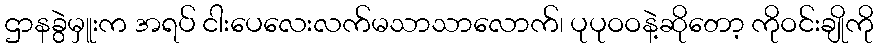
ဌာနခွဲမှူးက အရပ် ငါးပေလေးလက်မသာသာလောက်၊ ပုပုဝဝနဲ့ဆိုတော့ ကိုဝင်းချိုကို